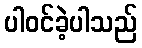
ပါဝင်ခဲ့ပါသည်